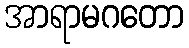
အာရာမဂတော